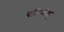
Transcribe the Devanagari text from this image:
यमिनीम्